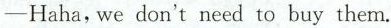
-Haha,wedon't need to buy them.